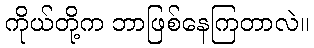
ကိုယ်တို့က ဘာဖြစ်နေကြတာလဲ။